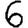
Digit: 6